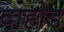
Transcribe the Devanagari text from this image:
दाहोड